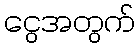
ငွေအတွက်